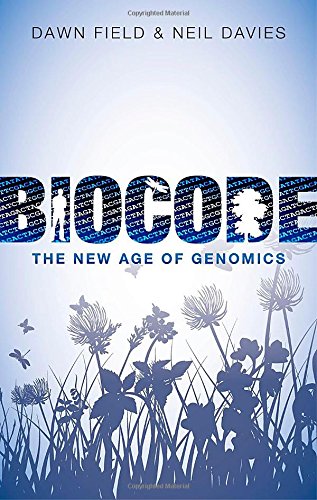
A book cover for Biocode: The New Age of Genomics; Dawn Field; Computers & Technology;